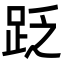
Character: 䟪